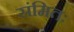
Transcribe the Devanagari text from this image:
संमितः